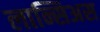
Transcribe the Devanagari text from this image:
लान्सिअस